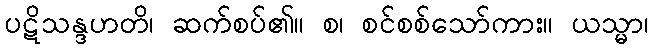
ပဋိသန္ဒဟတိ၊ ဆက်စပ်၏။ စ၊ စင်စစ်သော်ကား။ ယသ္မာ၊